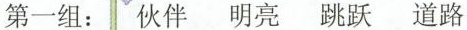
第一组：伙伴 明亮 跳跃 道路